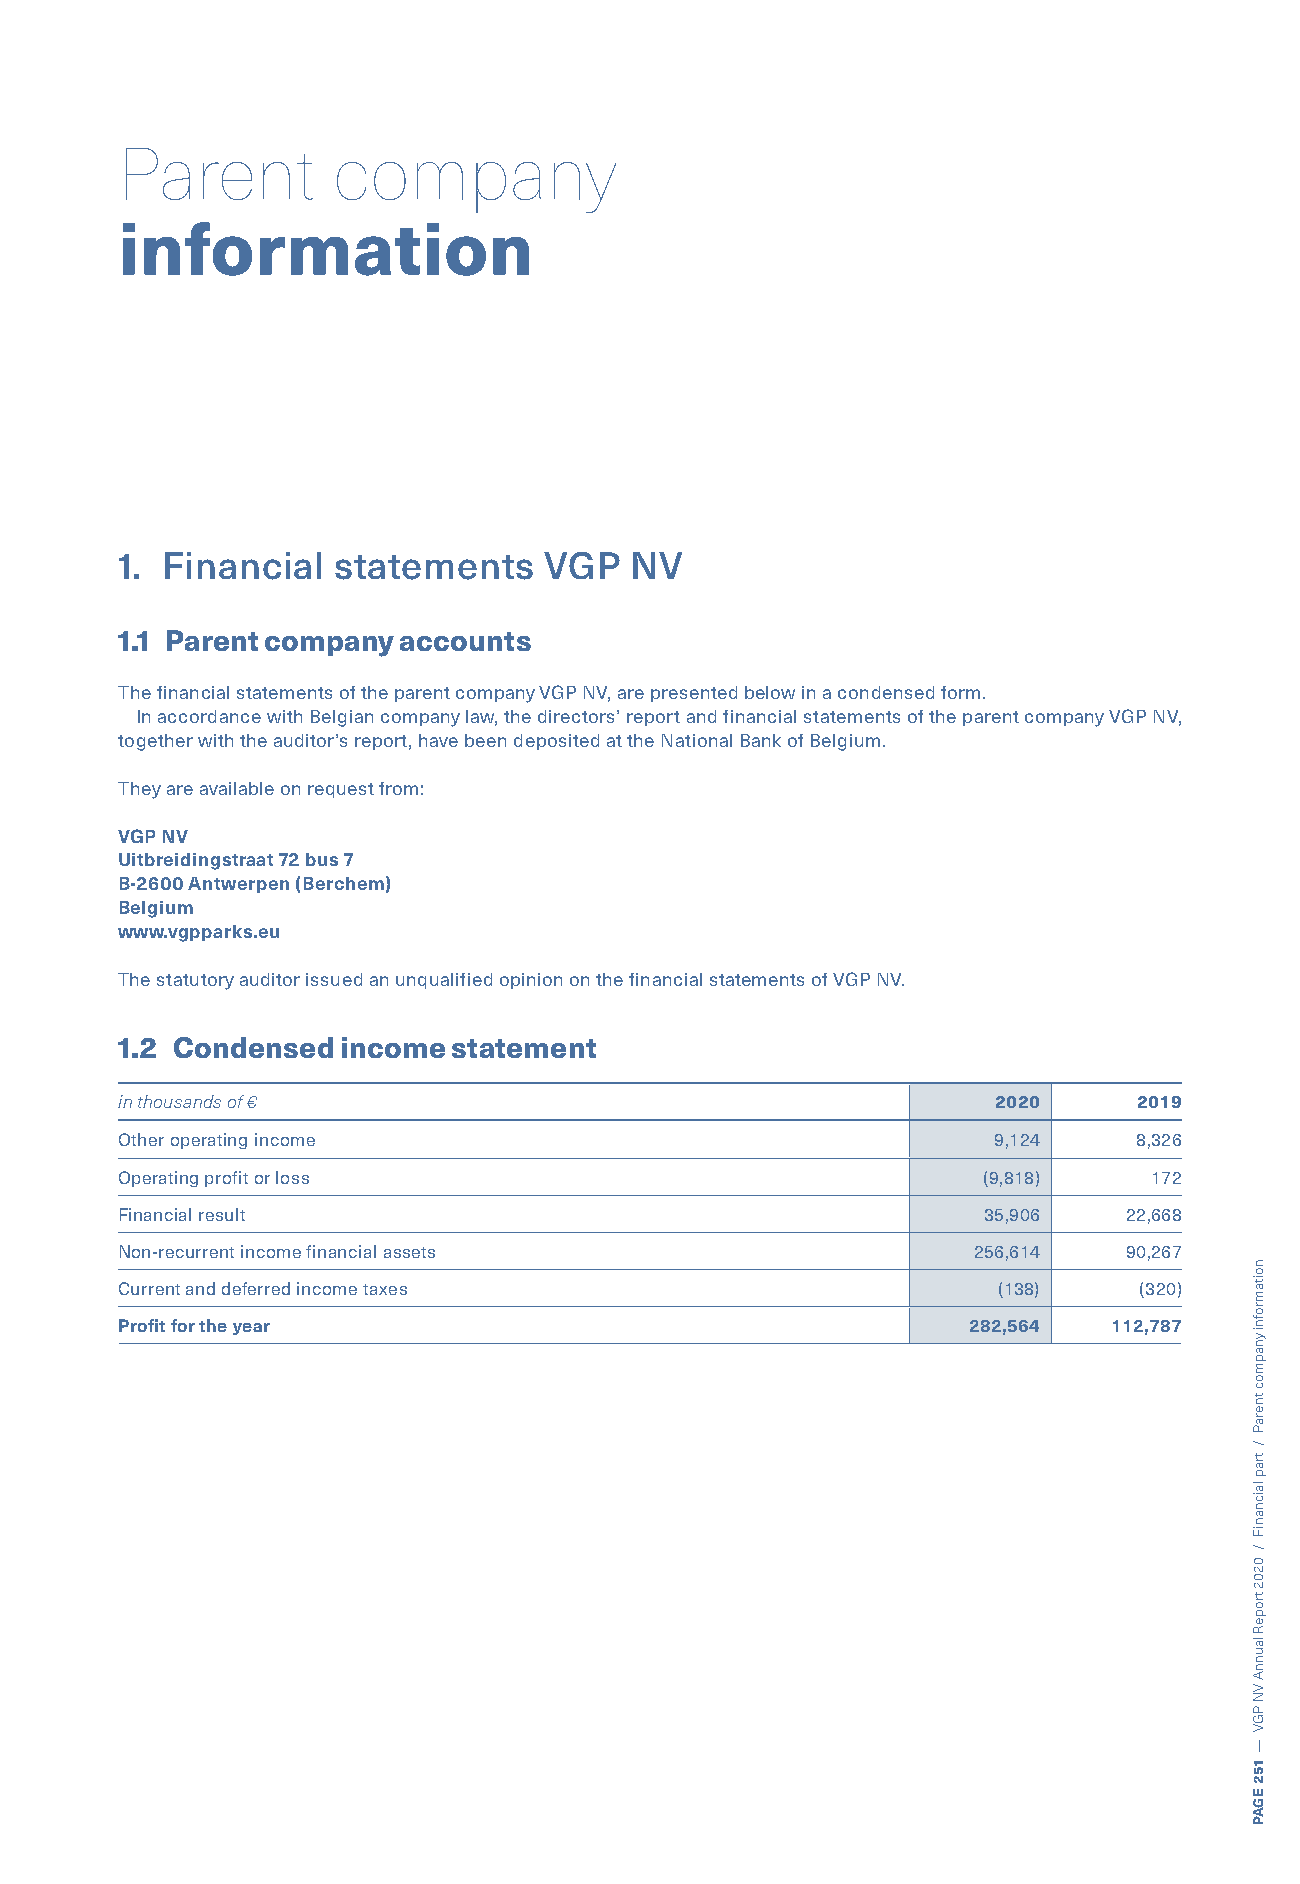
Parent        company
 information
 1. Financial  statements    VGP   NV
 1.1 Parent company accounts
 The financial statements of the parent company VGP NV, are presented below in a condensed form.
 In accordance with Belgian company law, the directors’ report and financial statements of the parent company VGP NV,
 together with the auditor’s report, have been deposited at the National Bank of Belgium.
 They are available on request from:
 VGP NV
 Uitbreidingstraat 72 bus 7
 B-2600 Antwerpen (Berchem)
 Belgium
 www.vgpparks.eu
 The statutory auditor issued an unqualified opinion on the financial statements of VGP NV.
 1.2 Condensed  income statement
 in thousands of €                                         2020     2019
 Other operating income                                    9,124    8,326
 Operating profit or loss                                 (9,818)    172
 Financial result                                         35,906   22,668
 Non-recurrent income financial assets                   256,614   90,267
 Current and deferred income taxes                         (138)    (320)
 Profit for the year                                     282,564  112,787
 noitamrofni
 ynapmoc
 tneraP
 /
 trap
 laicnaniF
 /
 0202
 tropeR
 launnA
 VN
 PGV
 —
 152
 EGAP